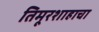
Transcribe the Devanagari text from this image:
तिमूरशाहाचा